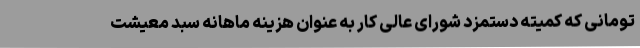
تومانی که کمیته دستمزد شورای عالی کار به عنوان هزینه ماهانه سبد معیشت